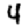
Digit: 4